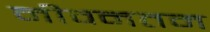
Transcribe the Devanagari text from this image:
नीवनतम